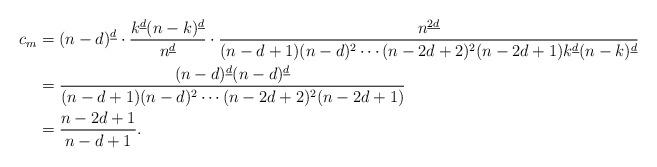
LaTeX: \begin{align*} \!c_m &= (n-d)^{\underline{d}} \cdot \frac{k^{\underline{d}} (n-k)^{\underline{d}}}{n^{\underline{d}}} \cdot \frac{n^{\underline{2d}}}{(n-d+1)(n-d)^2\cdots(n-2d+2)^2(n-2d+1) k^{\underline{d}} (n-k)^{\underline{d}}} \\ &= \frac{(n-d)^{\underline{d}} (n-d)^{\underline{d}}}{(n-d+1)(n-d)^2\cdots(n-2d+2)^2(n-2d+1)} \\ &= \frac{n-2d+1}{n-d+1}.\end{align*}